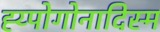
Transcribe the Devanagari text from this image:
ह्य्पोगोनादिस्म